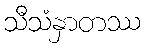
သီသံနှာတဿ